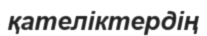
қателіктердің